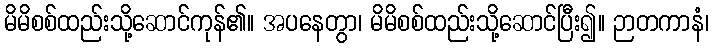
မိမိစစ်ထည်းသို့ဆောင်ကုန်၏။ အပနေတွာ၊ မိမိစစ်ထည်းသို့ဆောင်ပြီး၍။ ဉာတကာနံ၊